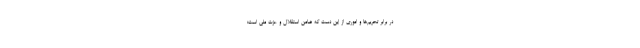
در برابر تحریم‌ها و اموری از این دست که ضامن استقلال و عزت ملی است؛